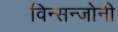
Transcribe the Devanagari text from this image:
विन्सन्जोनी